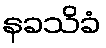
နခသိခံ